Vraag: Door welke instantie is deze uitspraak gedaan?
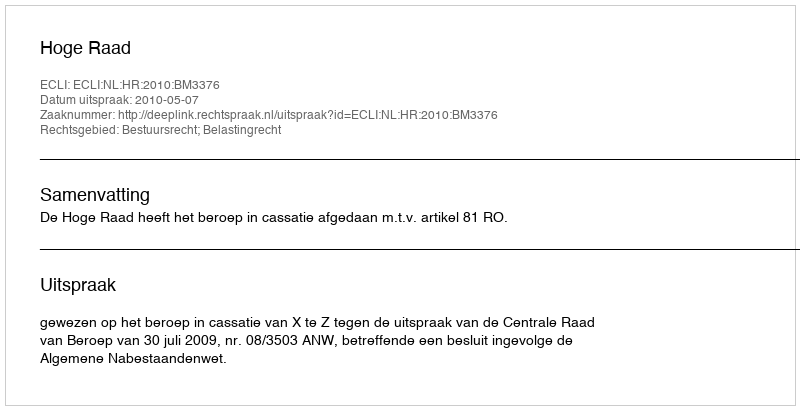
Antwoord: Hoge Raad